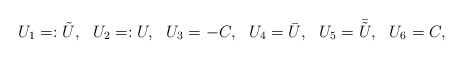
\begin{align*}U_1=:{\tilde U},\ \ U_2=:U,\ \ U_3=-C,\ \ U_4={\bar U},\ \ U_5={\bar {\tilde U}},\ \ U_6=C,\end{align*}